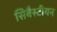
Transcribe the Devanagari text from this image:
सिबैस्टीयन